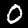
Digit: 0